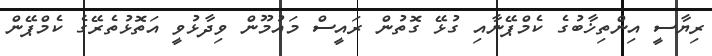
ރިޔާސީ އިންތިޚާބުގެ ކެމްޕޭނާއި ގުޅޭ ގޮތުން ރައީސް މައުމޫން ވިދާޅުވީ އަތޮޅުތެރޭގެ ކެމްޕޭން